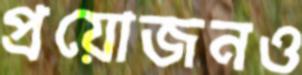
প্রয়োজনও